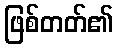
ဖြစ်တတ်၏